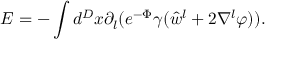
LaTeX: E = - \int d ^ { D } x \partial _ { l } ( e ^ { - \Phi } \gamma ( \hat { w } ^ { l } + 2 \nabla ^ { l } \varphi ) ) .